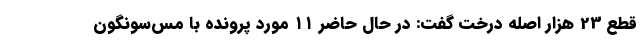
قطع 23 هزار اصله درخت گفت: در حال حاضر ۱۱ مورد پرونده با مس‌سونگون